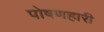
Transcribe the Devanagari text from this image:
पोषणहारी